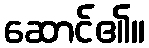
ဆောင်၏။